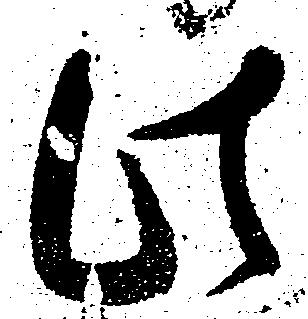
此